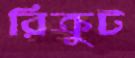
রিক্রুট